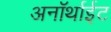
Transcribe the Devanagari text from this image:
अनॉर्थाईट